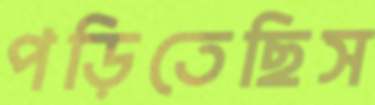
পড়িতেছিস